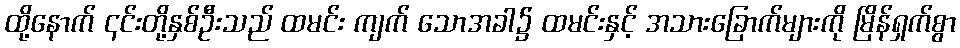
ထို့နောက် ၎င်းတို့နှစ်ဦးသည် ထမင်း ကျက် သောအခါ၌ ထမင်းနှင့် အသားခြောက်များကို မြိန်ရှက်စွာ